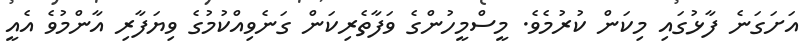
އަށަގަނެ ފާޅުގައި މިކަން ކުރުމެވެ. މީސްމީހުންގެ ވަފާތެރިކަން ގަނެވިއްކުމުގެ ވިޔަފާރި އާންމުވެ އެއީ